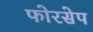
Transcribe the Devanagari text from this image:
फोरसेप